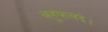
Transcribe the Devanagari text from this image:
बहुफलदे।